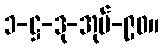
၁-ဋ္ဌ-ဒု-အုပ်-၉၀။